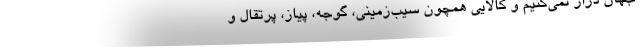
جهان دراز نمی‌کنیم و کالایی همچون سیب‌زمینی، گوجه، پیاز، پرتقال و